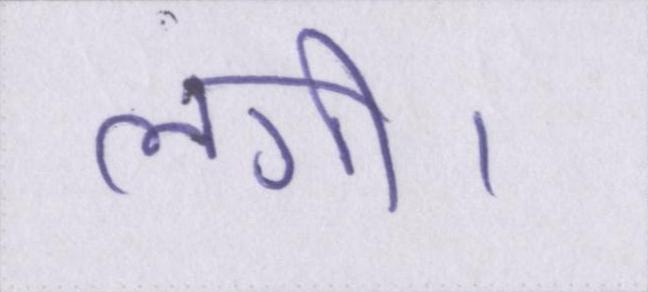
लगी।